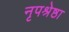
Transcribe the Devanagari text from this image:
नृपश्रेष्ठा